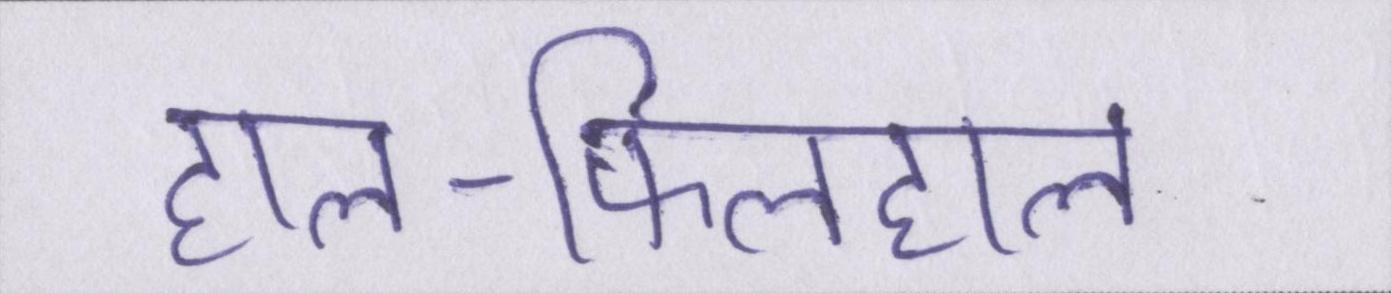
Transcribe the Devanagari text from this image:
हाल-फिलहाल